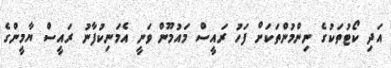
އަދި ކޯޓުތަކުގެ ނިންމުންތަކަށް ފަހު ރައީސް މައުމޫން ވަނީ އެމަނިކުފާނު ރައީސް ޔާމީންގެ